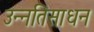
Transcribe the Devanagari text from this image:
उन्नतिसाधन